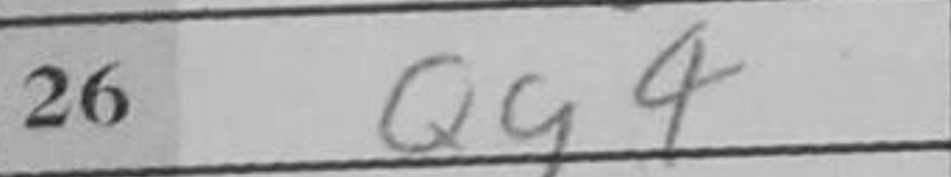
Transcription: Qg4